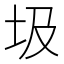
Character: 圾